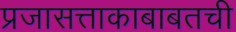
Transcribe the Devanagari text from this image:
प्रजासत्ताकाबाबतची